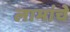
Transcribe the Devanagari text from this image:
लामांचे